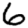
Digit: 6